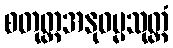
စတုတ္ထအနုဓမ္မသုတ္တံ